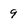
Character: 9